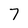
Character: 7